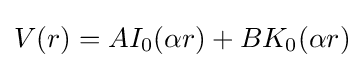
V(r)=AI_{0}(\alpha r)+BK_{0}(\alpha r)